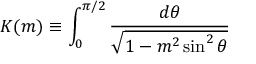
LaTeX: K ( m ) \equiv \int _ { 0 } ^ { \pi / 2 } \frac { d \theta } { \sqrt { 1 - m ^ { 2 } \sin ^ { 2 } { \theta } } } \,